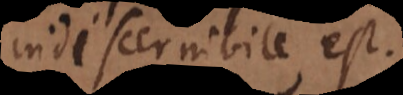
indiscernibile, est.